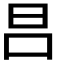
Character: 𣅊